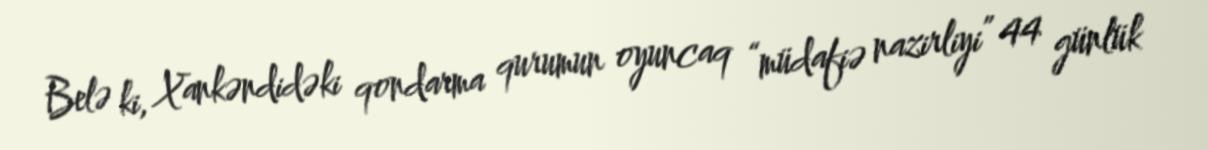
Belə ki, Xankəndidəki qondarma qurumun oyuncaq “müdafiə nazirliyi” 44 günlük